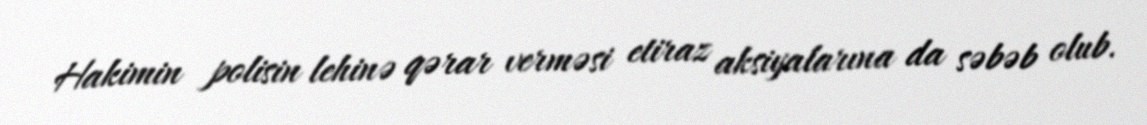
Hakimin polisin lehinə qərar verməsi etiraz aksiyalarına da səbəb olub.